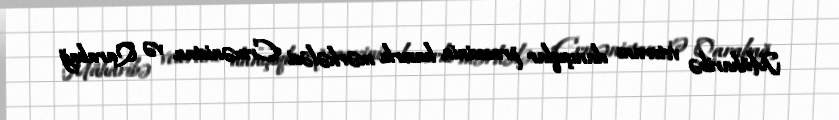
Müharibə veteranı danışıqlar prosesinin hazırkı mərhələsi Ermənistan və Qarabağ